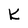
Character: k